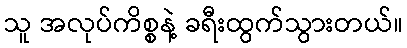
သူ အလုပ်ကိစ္စနဲ့ ခရီးထွက်သွားတယ်။